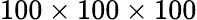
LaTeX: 100\times 100\times 100